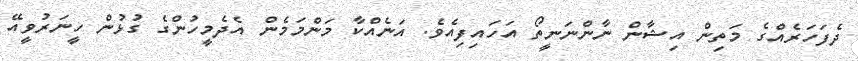
ދެފަހަރެއްގެ މަތިން އިޝާން ނާންނަނީތޯ އަހައިފިއެވެ. އަނެއްކާ މަންމަމެން އެދެމީހުންގެ ގުޅުން ހީނަރުވީއޭ